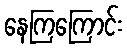
နေကြကြောင်း